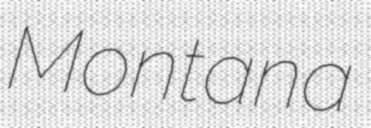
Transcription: Montana